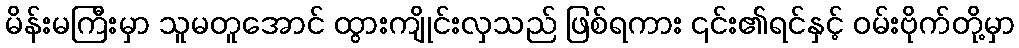
မိန်းမကြီးမှာ သူမတူအောင် ထွားကျိုင်းလှသည် ဖြစ်ရကား ၎င်း၏ရင်နှင့် ဝမ်းဗိုက်တို့မှာ